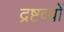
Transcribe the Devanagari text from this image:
द्रष्टव्यों